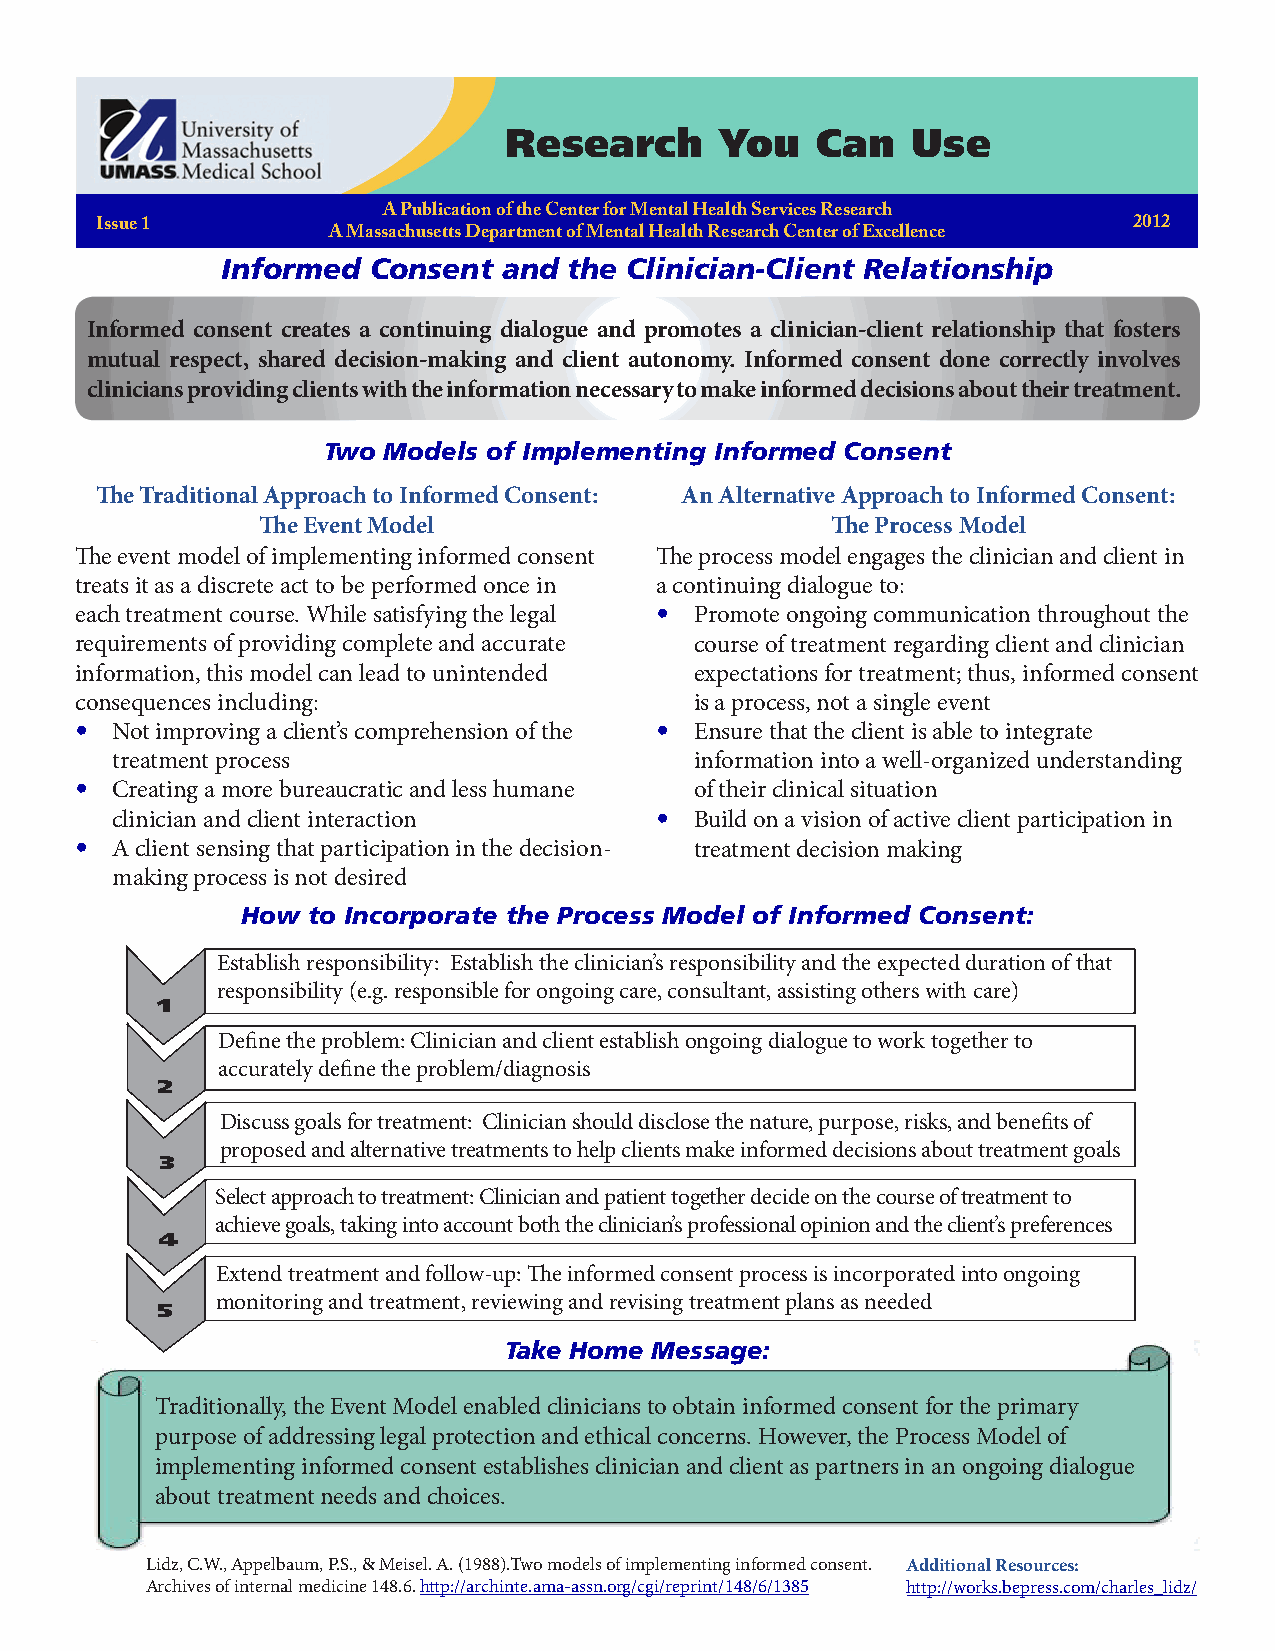
Research       You   Can   Use
 A Publication of the Center for Mental Health Services Research
 Issue 1                                                              2012
 A Massachusetts Department of Mental Health Research Center of Excellence
 Informed Consent  and  the Clinician-Client Relationship
 Informed consent creates a continuing dialogue and promotes a clinician-client relationship that fosters
 mutual respect, shared decision-making and client autonomy. Informed consent done correctly involves
 clinicians providing clients with the information necessary to make informed decisions about their treatment.
 Two Models of Implementing Informed Consent
 The Traditional Approach to Informed Consent: An Alternative Approach to Informed Consent:
 The Event Model                       The Process Model
 The event model of implementing informed consent The process model engages the clinician and client in
 treats it as a discrete act to be performed once in a continuing dialogue to:
 each treatment course. While satisfying the legal • Promote ongoing communication throughout the
 requirements of providing complete and accurate course of treatment regarding client and clinician
 information, this model can lead to unintended expectations for treatment; thus, informed consent
 consequences including:                  is a process, not a single event
 • Not improving a client’s comprehension of the • Ensure that the client is able to integrate
 treatment process                      information into a well-organized understanding
 • Creating a more bureaucratic and less humane of their clinical situation
 clinician and client interaction    •  Build on a vision of active client participation in
 • A client sensing that participation in the decision- treatment decision making
 making process is not desired
 How to Incorporate the Process Model of Informed Consent:
 Establish responsibility: Establish the clinician’s responsibility and the expected duration of that
 responsibility (e.g. responsible for ongoing care, consultant, assisting others with care)
 1
 Define the problem: Clinician and client establish ongoing dialogue to work together to
 accurately define the problem/diagnosis
 2
 Discuss goals for treatment: Clinician should disclose the nature, purpose, risks, and benefits of
 proposed and alternative treatments to help clients make informed decisions about treatment goals
 3
 Select approach to treatment: Clinician and patient together decide on the course of treatment to
 achieve goals, taking into account both the clinician’s professional opinion and the client’s preferences
 4
 Extend treatment and follow-up: The informed consent process is incorporated into ongoing
 monitoring and treatment, reviewing and revising treatment plans as needed
 5
 Take Home Message:
 Traditionally, the Event Model enabled clinicians to obtain informed consent for the primary
 purpose of addressing legal protection and ethical concerns. However, the Process Model of
 implementing informed consent establishes clinician and client as partners in an ongoing dialogue
 about treatment needs and choices.
 Lidz, C.W., Appelbaum, P.S., & Meisel. A. (1988).Two models of implementing informed consent. Additional Resources:
 Archives of internal medicine 148.6. http://archinte.ama-assn.org/cgi/reprint/148/6/1385 http://works.bepress.com/charles_lidz/